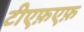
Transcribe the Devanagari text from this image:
टीएफ़एफ़